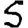
Digit: 5